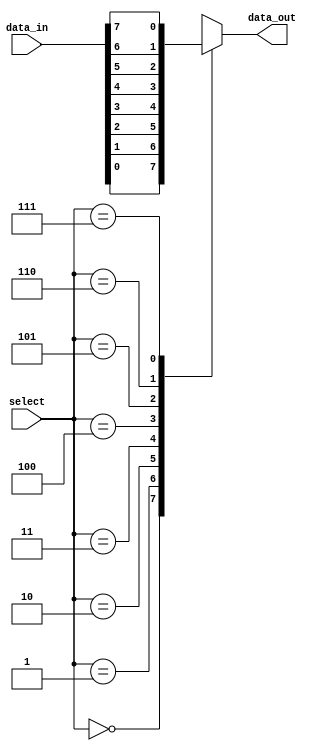
module multiplexer_8_1(
    input wire [7:0] data_in,
    input wire [2:0] select,
    output reg data_out
);

always @(*)
begin
    case(select)
        3'b000: data_out = data_in[0];
        3'b001: data_out = data_in[1];
        3'b010: data_out = data_in[2];
        3'b011: data_out = data_in[3];
        3'b100: data_out = data_in[4];
        3'b101: data_out = data_in[5];
        3'b110: data_out = data_in[6];
        3'b111: data_out = data_in[7];
        default: data_out = 0; // Default case for invalid select signal
    endcase
end

endmodule